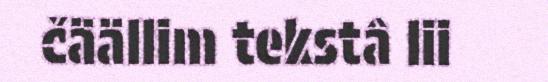
čäällim tekstâ lii